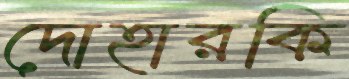
দোহারকি